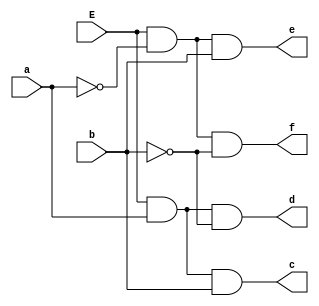
module decoder(a,b,c,d,e,f,E);
	input a,b,E;
	output c,d,e,f;
	assign c = E&a&b;
	assign d = E&a&(~b);
	assign e = E&(~a)&b;
	assign f = E&(~a)&(~b);
endmodule